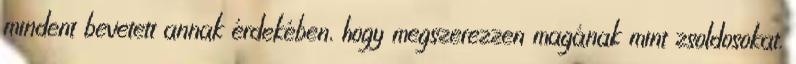
mindent bevetett annak érdekében, hogy megszerezzen magának mint zsoldosokat.